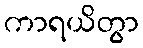
ကာရယိတွာ